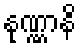
နုဏ္ဏာနိ